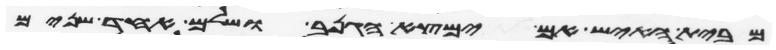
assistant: מבית האיש אם ימצא הגנב ושלם אחד שנים